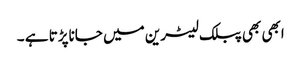
ابھی بھی پبلک لیٹرین میں جاناپڑتا ہے ۔